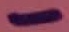
Text: -